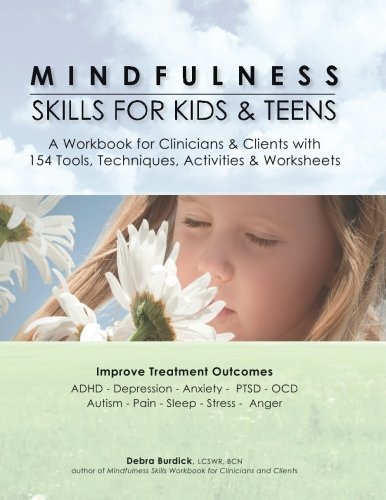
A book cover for Mindfulness Skills for Kids & Teens: A Workbook for Clinicians & Clients with 154 Tools, Techniques, Activities & Worksheets; Debra Burdick; Medical Books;